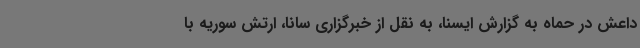
داعش در حماه به گزارش ایسنا، به نقل از خبرگزاری سانا، ارتش سوریه با